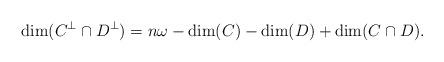
LaTeX: \begin{align*}\dim(C^\perp\cap D^\perp)=n\omega-\dim(C)-\dim(D) +\dim(C\cap D).\end{align*}